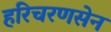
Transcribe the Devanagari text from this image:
हरिचरणसेन